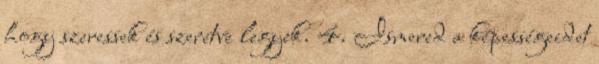
hogy szeressek és szeretve legyek. 4. Ismered a képességeidet